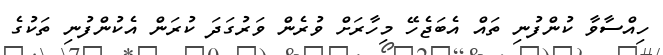
ހިއްސާވާ ކުންފުނި ތައް އެބަޖެހޭ މިހާރަށް ވުރެން ވަރުގަދަ ކުރަން އެކުންފުނި ތަކުގެ